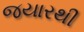
જયારથી